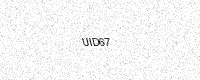
Text: UID67